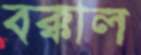
বক্কাল